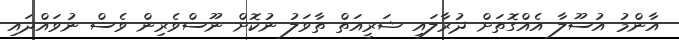
އާންމު އުސޫލާ އެއްގޮތަށް ދުރާލައި ޝަރީއަތް ތާވަލު ނުކޮށް ނޫސްވެރިން ވެސް ނުވައްދައި